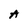
Character: A